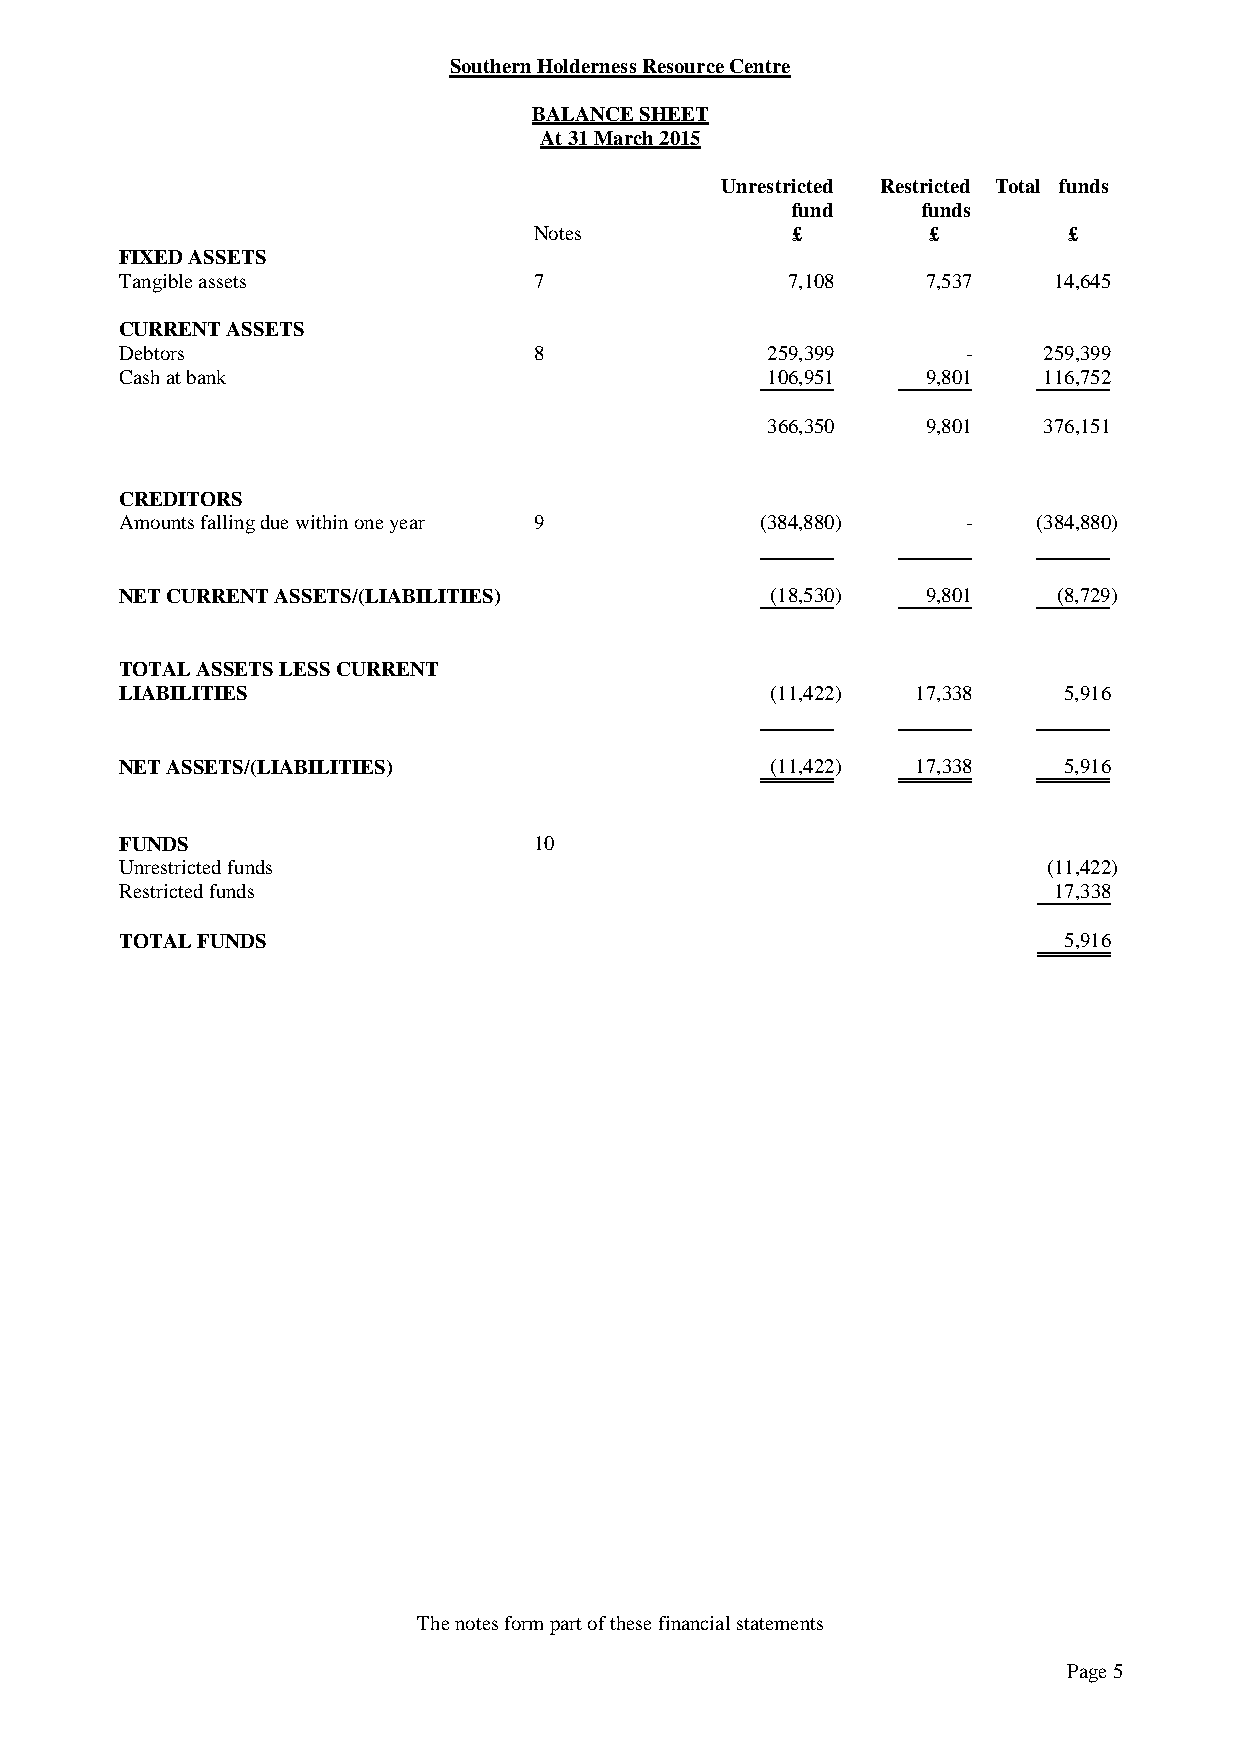
Southern Holderness Resource Centre
 BALANCE SHEET
 At 31 March 2015
 Unrestricted Restricted Total funds
 fund     funds
 Notes            £        £         £
 FIXED ASSETS
 Tangible assets            7                7,108    7,537    14,645
 CURRENT ASSETS
 Debtors                    8               259,399      -    259,399
 Cash at bank                               106,951   9,801   116,752
 366,350   9,801   376,151
 CREDITORS
 Amounts falling due within one year 9     (384,880)     -    (384,880)
 NET CURRENT ASSETS/(LIABILITIES)           (18,530)  9,801    (8,729)
 TOTAL ASSETS LESS CURRENT
 LIABILITIES                                (11,422)  17,338   5,916
 NET ASSETS/(LIABILITIES)                   (11,422)  17,338   5,916
 FUNDS                      10
 Unrestricted funds                                           (11,422)
 Restricted funds                                              17,338
 TOTAL FUNDS                                                   5,916
 The notes form part of these financial statements
 Page 5